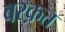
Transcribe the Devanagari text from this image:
बरक़त